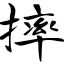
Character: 摔